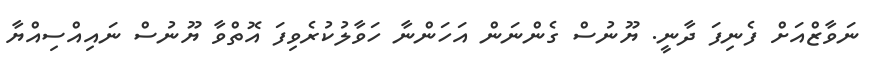
ނަވާޒްއަށް ފެނިފަ ދާނީ. ޔޫނުސް ގެންނަން އަހަންނާ ހަވާލުކުރެވިފަ އޮތްވާ ޔޫނުސް ނައިއްސިއްޔާ